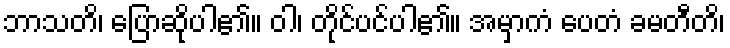
ဘာသတိ၊ ပြောဆိုပါ၏။ ဝါ၊ တိုင်ပင်ပါ၏။ အမှာကံ ပေတံ ခမတီတိ၊